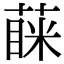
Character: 蔝